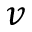
v